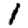
Digit: 1